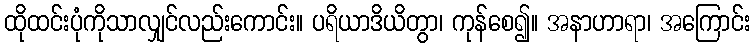
ထိုထင်းပုံကိုသာလျှင်လည်းကောင်း။ ပရိယာဒိယိတွာ၊ ကုန်စေ၍။ အနာဟာရာ၊ အကြောင်း